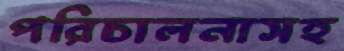
পরিচালনাসহ